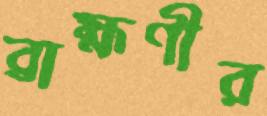
ব্রাহ্মণীর